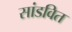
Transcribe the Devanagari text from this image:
सांडवित